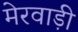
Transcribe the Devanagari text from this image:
मेरवाड़ी